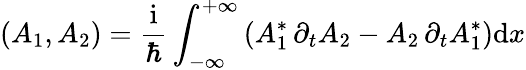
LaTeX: \left(A_{1},A_{2}\right)=\frac{\mathrm{i}}{\hbar}\int_{-\infty}^{+\infty}\left(A_{1}^{*}\, \partial_{t}A_{2}-A_{2}\, \partial_{t}A_{1}^{*}\right)\mathrm{d}x